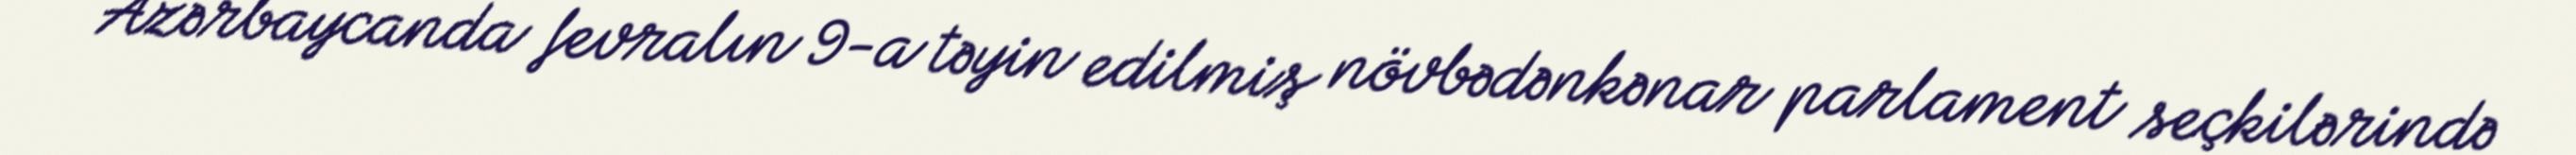
Azərbaycanda fevralın 9-a təyin edilmiş növbədənkənar parlament seçkilərində